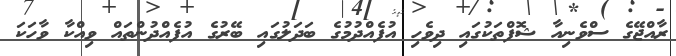
ރާއްޖޭގެ ސްވެނިއާ ޝޮފްތަކުގައި ދިވެހި އުފެއްދުމުގެ ބަދަލުގައި ބޭރުގެ އުފެއްދުންތައް ވިއްކާ ވާހަކަ